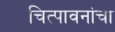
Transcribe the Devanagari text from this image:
चित्पावनांचा